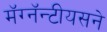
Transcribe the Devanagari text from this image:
मॅग्नॅन्टीयसने